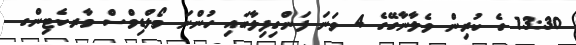
13:30 ގެ ކުރިން ވެލާނާގޭގެ 4 ވަނަ ފަންގިފިލާގައި ހުންނަ މޯލްޑިވްސް މާރކެޓިންގ